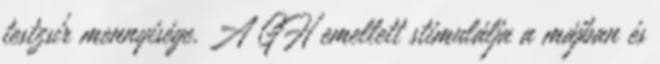
testzsír mennyisége. A GH emellett stimulálja a májban és